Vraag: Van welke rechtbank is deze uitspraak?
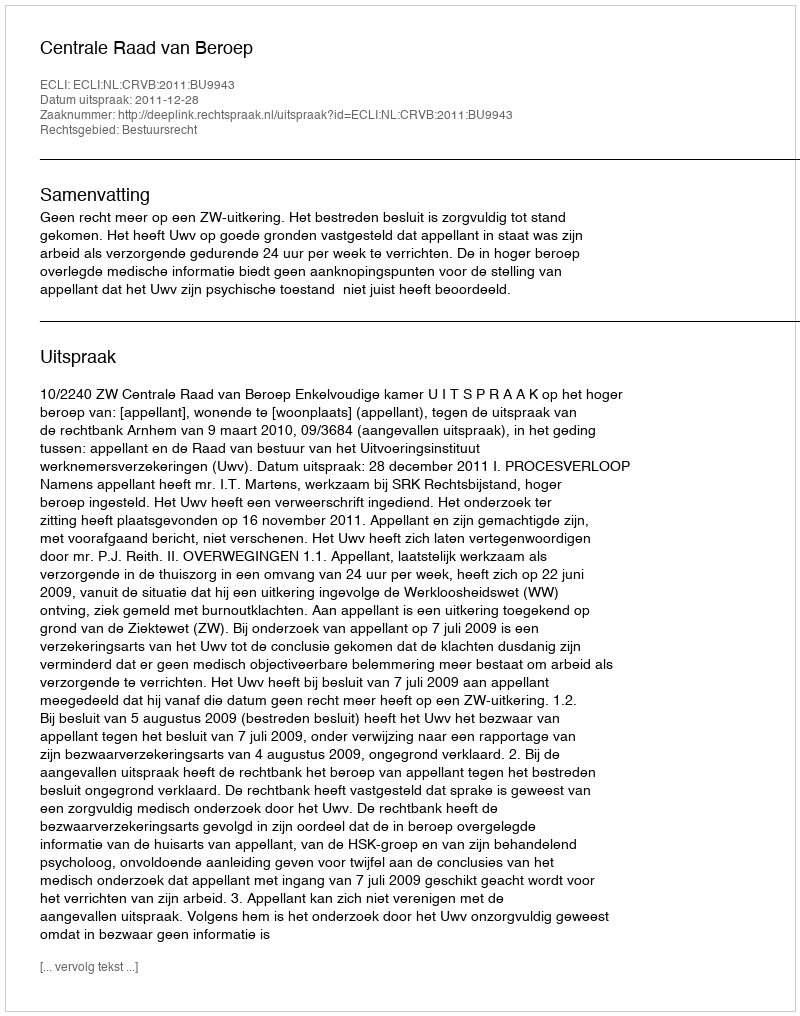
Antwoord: Centrale Raad van Beroep